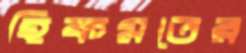
হিকমতের